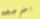
اخرجهم